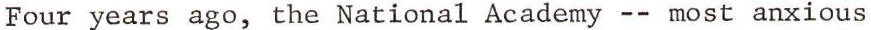
Four years ago, the National Academy -- most anxious